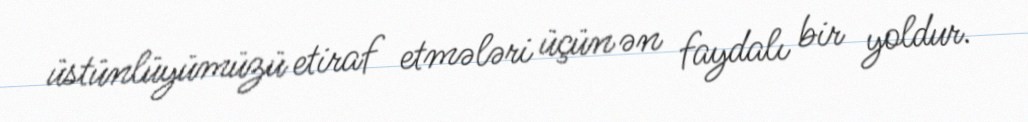
üstünlüyümüzü etiraf etmələri üçün ən faydalı bir yoldur.